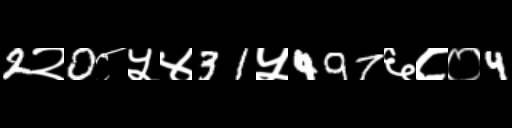
Text: 2२0८५४31५497६८०4